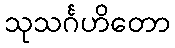
သုသင်္ဂဟိတော